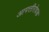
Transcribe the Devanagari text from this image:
आपत्तीरोधक